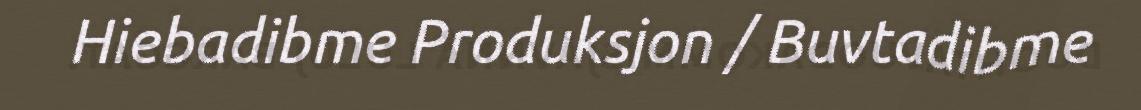
Hiebadibme Produksjon / Buvtadibme